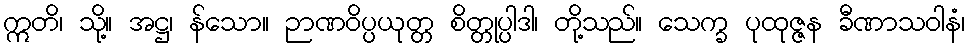
ဣတိ၊ သို့။ အဋ္ဌ၊ န်သော။ ဉာဏဝိပ္ပယုတ္တ စိတ္တုပ္ပါဒါ၊ တို့သည်။ သေက္ခ ပုထုဇ္ဇန ခီဏာသဝါနံ၊